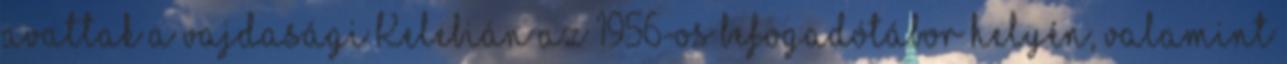
avattak a vajdasági Kelebián az 1956-os befogadótábor helyén, valamint